Vaccination United Provinces of Agra and Oudh 1902-1913 - 1902-1913
Year: 1902
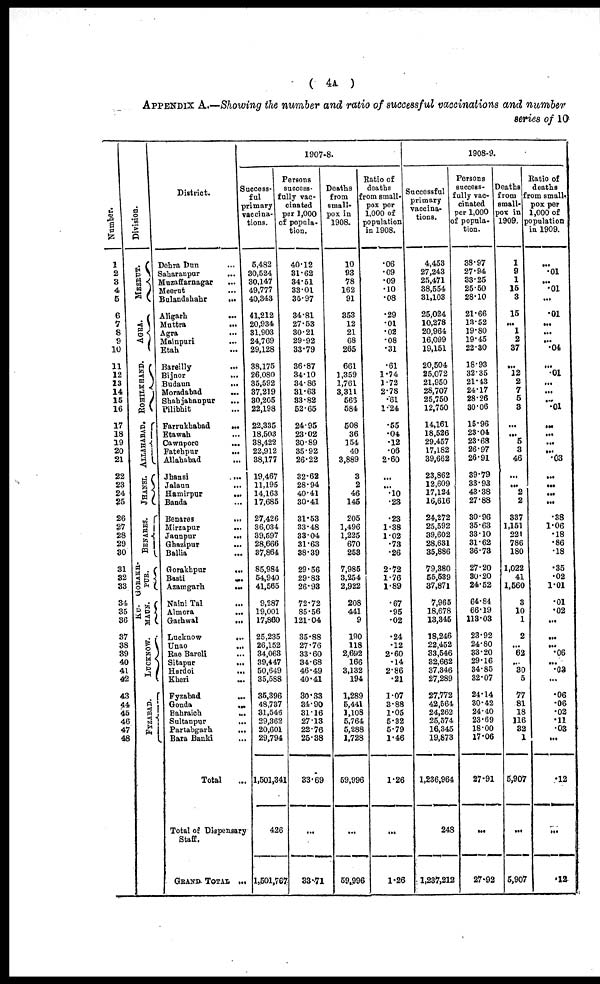
( 4A )
APPENDIX A.—Showing the number and ratio of successful vaccinations and number
series of 10
Number.
1
2
3
4
5
6
7
8
9
10
11
12
13
14
15
16
17
18
19
20
21
22
23
24
25
26
27
28
29
30
31
32
33
34
35
36
37
38
39
40
41
42
43
44
45
46
47
48
Division.
MEERUT.
AGRA.
ROHILKHAND.
ALLAHABAD.
JHANSI.
BENARES.
GORAKH¬
PUR.
KU¬
MAUN.
LUCKNOW.
FYZABAD.
District.
Dehra Dun ...
Saharanpur ...
Muzaffarnagar ...
Meerut ...
Bulandshahr
...
Aligarh
...
Muttra
...
Agra ...
Mainpuri ...
Etah ...
Bareilly
...
Bijnor
...
Budaun
...
Moradabad ...
Shahjahanpur
...
Pilibhit ...
Farrukhabad
...
Etawah ...
Cawnpore
...
Fatehpur
...
Allahabad
Jhansi
...
Jalaun
...
Hamirpur
...
Banda ...
Benares
...
Mirzapur
...
Jaunpur
...
Ghazipur
...
Ballia ...
Gorakhpur
...
Basti
...
Azamgarh
...
Naini Tal ...
Almora ...
Garhwal
...
Lucknow
...
Unao
...
Rae Bareli ...
Sitapur
...
Hardoi ...
Kheri
...
Fyzabad ...
Gonda ...
Bahraich
...
Sultanpur
...
Partabgarh
...
Bara Banki ...
Total
...
Total of Dispensary
Staff.
GRAND TOTAL ...
1907-8.
Success¬
ful
primary
vaccina-
tions.
5,482
30,524
30,147
49,777
40,343
41,212
20,934
31,903
24,769
29,128
38,175
26,080
35,592
37,219
30,205
22,198
22,335
18,503
38,422
22,912
38,177
19,467
11,195
14,163
17,685
27,426
36,034
39,597
28,666
37,864
85,984
54,940
41,565
9,287
19,001
17,860
25,235
26,152
34,063
39,447
50,649
35,588
35,396
48,737
31,546
29,362
20,601
29,794
1,501,341
426
1,501,767
Persons
success¬
fully vac-
cinated
per 1,000
of popula-
tion.
40.12
31.62
34.51
33.01
35.97
34.81
27.53
30.21
29.92
33.79
36.87
34.10
34.86
31.63
33.82
52.65
24.95
23.02
30.89
35.92
26.22
32.62
28.94
40.41
30.41
31.53
33.48
33.04
31.63
38.39
29.56
29.83
26.93
72.72
85.56
121.04
35.88
27.76
33.60
34.68
46.49
40.41
30.33
34.90
31.16
27.13
22.76
25.38
33.69
...
33.71
Deaths
from
small-
pox in
1908.
10
93
78
162
91
353
12
21
68
265
661
1,359
1,761
3,311
566
584
508
36
154
40
3,889
3
2
46
145
205
1,496
1,225
670
253
7,985
3,254
2,922
208
441
9
190
118
2,692
166
3,132
194
1,289
5,441
1,108
5,764
5,288
1,728
59,996
...
59,996
Ratio of
deaths
from small-
pox per
1,000 of
population
in 1908.
.06
.09
.09
.10
.08
.29
.01
.02
.08
.31
.61
1.74
1.72
2.78
.61
1.24
.55
.04
.12
.06
2.60
...
...
.10
.23
.23
1.38
1.02
.73
.26
2.72
1.76
1.89
.67
.95
.02
.24
.12
2.60
.14
2.86
.21
1.07
3.88
1.05
5.32
5.79
1.46
1.26
...
1.26
1908-9.
Successful
primary
vaccina-
tions.
4,453
27,243
25,471
38,554
31,103
25,024
10,278
20,964
16,099
19,151
20,504
25,072
21,950
28,707
25,750
12,750
14,161
18,526
29,457
17,182
39,662
23,862
12,609
17,124
16,616
24,272
25,592
39,602
28,631
35,886
79,380
55,539
37,871
7,965
18,678
13,345
18,246
22,452
33,546
32,662
37,346
27,289
27,772
42,564
24,262
25,574
16,345
19,873
1,236,964
248
1,237,212
Persons
success¬
fully vac-
cinated
per 1,000
of popula-
tion.
38.97
27.94
33.25
25.50
28.10
21.66
13.52
19.80
19.45
22.30
18.93
32.35
21.43
24.17
28.26
30.06
15.96
23.04
23.68
26.97
26.91
39.79
33.93
43.38
27.88
30.96
35.63
33.10
31.62
36.73
27.20
30.20
24.52
64.84
66.19
113.03
23.92
24.80
33.20
29.16
34.85
32.07
24.14
30.42
24.40
23.69
18.00
17.06
27.91
...
27.92
Deaths
from
small¬
pox in
1909.
1
9
1
15
3
15
...
1
2
37
...
12
2
7
5
3
...
...
5
3
46
...
...
2
2
337
1,151
221
786
180
1,022
41
1,560
3
10
1
2
...
62
...
30
5
77
81
18
116
32
1
5,907
...
5,907
Ratio of
deaths
from small-
pox per
1,000 of
population
in 1909.
...
.01
...
.01
...
.01
...
...
...
.04
...
.01
...
...
...
.01
...
...
...
...
.03
...
...
...
...
.38
1.06
.18
.86
.18
.35
.02
1.01
.01
.02
...
...
...
.06
...
.03
...
.06
.06
.02
.11
.03
...
.12
...
.12